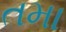
તમા